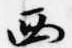
西